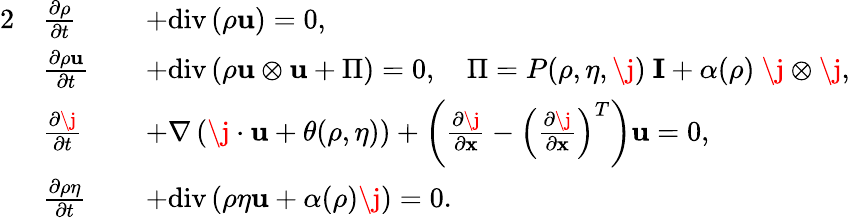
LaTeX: \begin{array}{rlrl}{{2}}&{\frac{\partial\rho}{\partial t}}&&{+\mathrm{div}\left(\rho\mathbf{u}\right)=0,}\\ &{\frac{\partial\rho\mathbf{u}}{\partial t}}&&{+\mathrm{div}\left(\rho\mathbf{u}\otimes\mathbf{u}+\Pi\right)=0,\quad\Pi=P(\rho,\eta,\j)\ \mathbf{I}+\alpha(\rho)\ \j\otimes\j,}\\ &{\frac{\partial\j}{\partial t}}&&{+\nabla\left(\j\cdot\mathbf{u}+\theta(\rho,\eta)\right)+\left(\frac{\partial\j}{\partial\mathbf{x}}-\left(\frac{\partial\j}{\partial\mathbf{x}}\right)^{T}\right)\mathbf{u}=0,}\\ &{\frac{\partial\rho\eta}{\partial t}}&&{+\mathrm{div}\left(\rho\eta\mathbf{u}+\alpha(\rho)\j\right)=0.}\end{array}